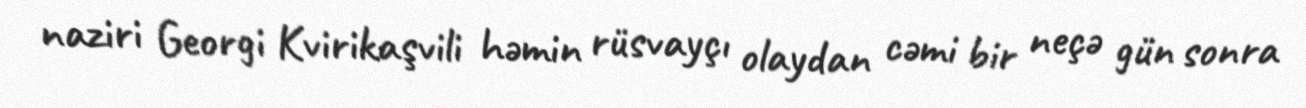
naziri Georgi Kvirikaşvili həmin rüsvayçı olaydan cəmi bir neçə gün sonra